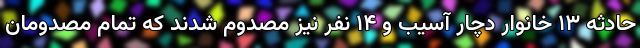
حادثه ۱۳ خانوار دچار آسیب و ۱۴ نفر نیز مصدوم شدند که تمام مصدومان